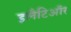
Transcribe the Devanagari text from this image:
इलैटिऑर